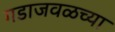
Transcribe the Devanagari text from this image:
गडाजवळच्या